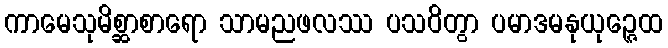
ကာမေသုမိစ္ဆာစာရော သာမညဖလဿ ပသဝိတွာ ပမာဒမနုယုဉ္ဇေထ